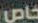
خاص